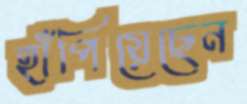
হাঁপিয়েছেন